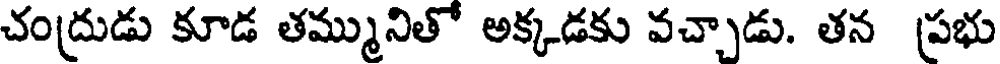
చంద్రుడు కూడ తమ్మునితో అక్కడకు వచ్చాడు. తన ప్రభు